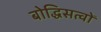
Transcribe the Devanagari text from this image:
बोद्धिसत्वों